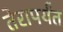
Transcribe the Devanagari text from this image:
तेरापर्यंत